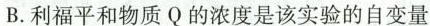
B.利福平和物质Q的浓度是该实验的自变量